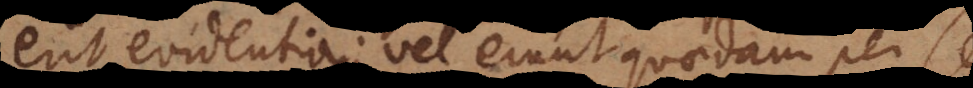
erit evidentia; vel erunt quaedam per se